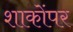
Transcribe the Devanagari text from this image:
शाकोंपर